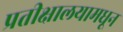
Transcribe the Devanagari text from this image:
प्रतीक्षालयामधून